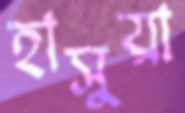
হাসুয়া